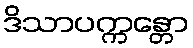
ဒိသာပက္ကန္တော